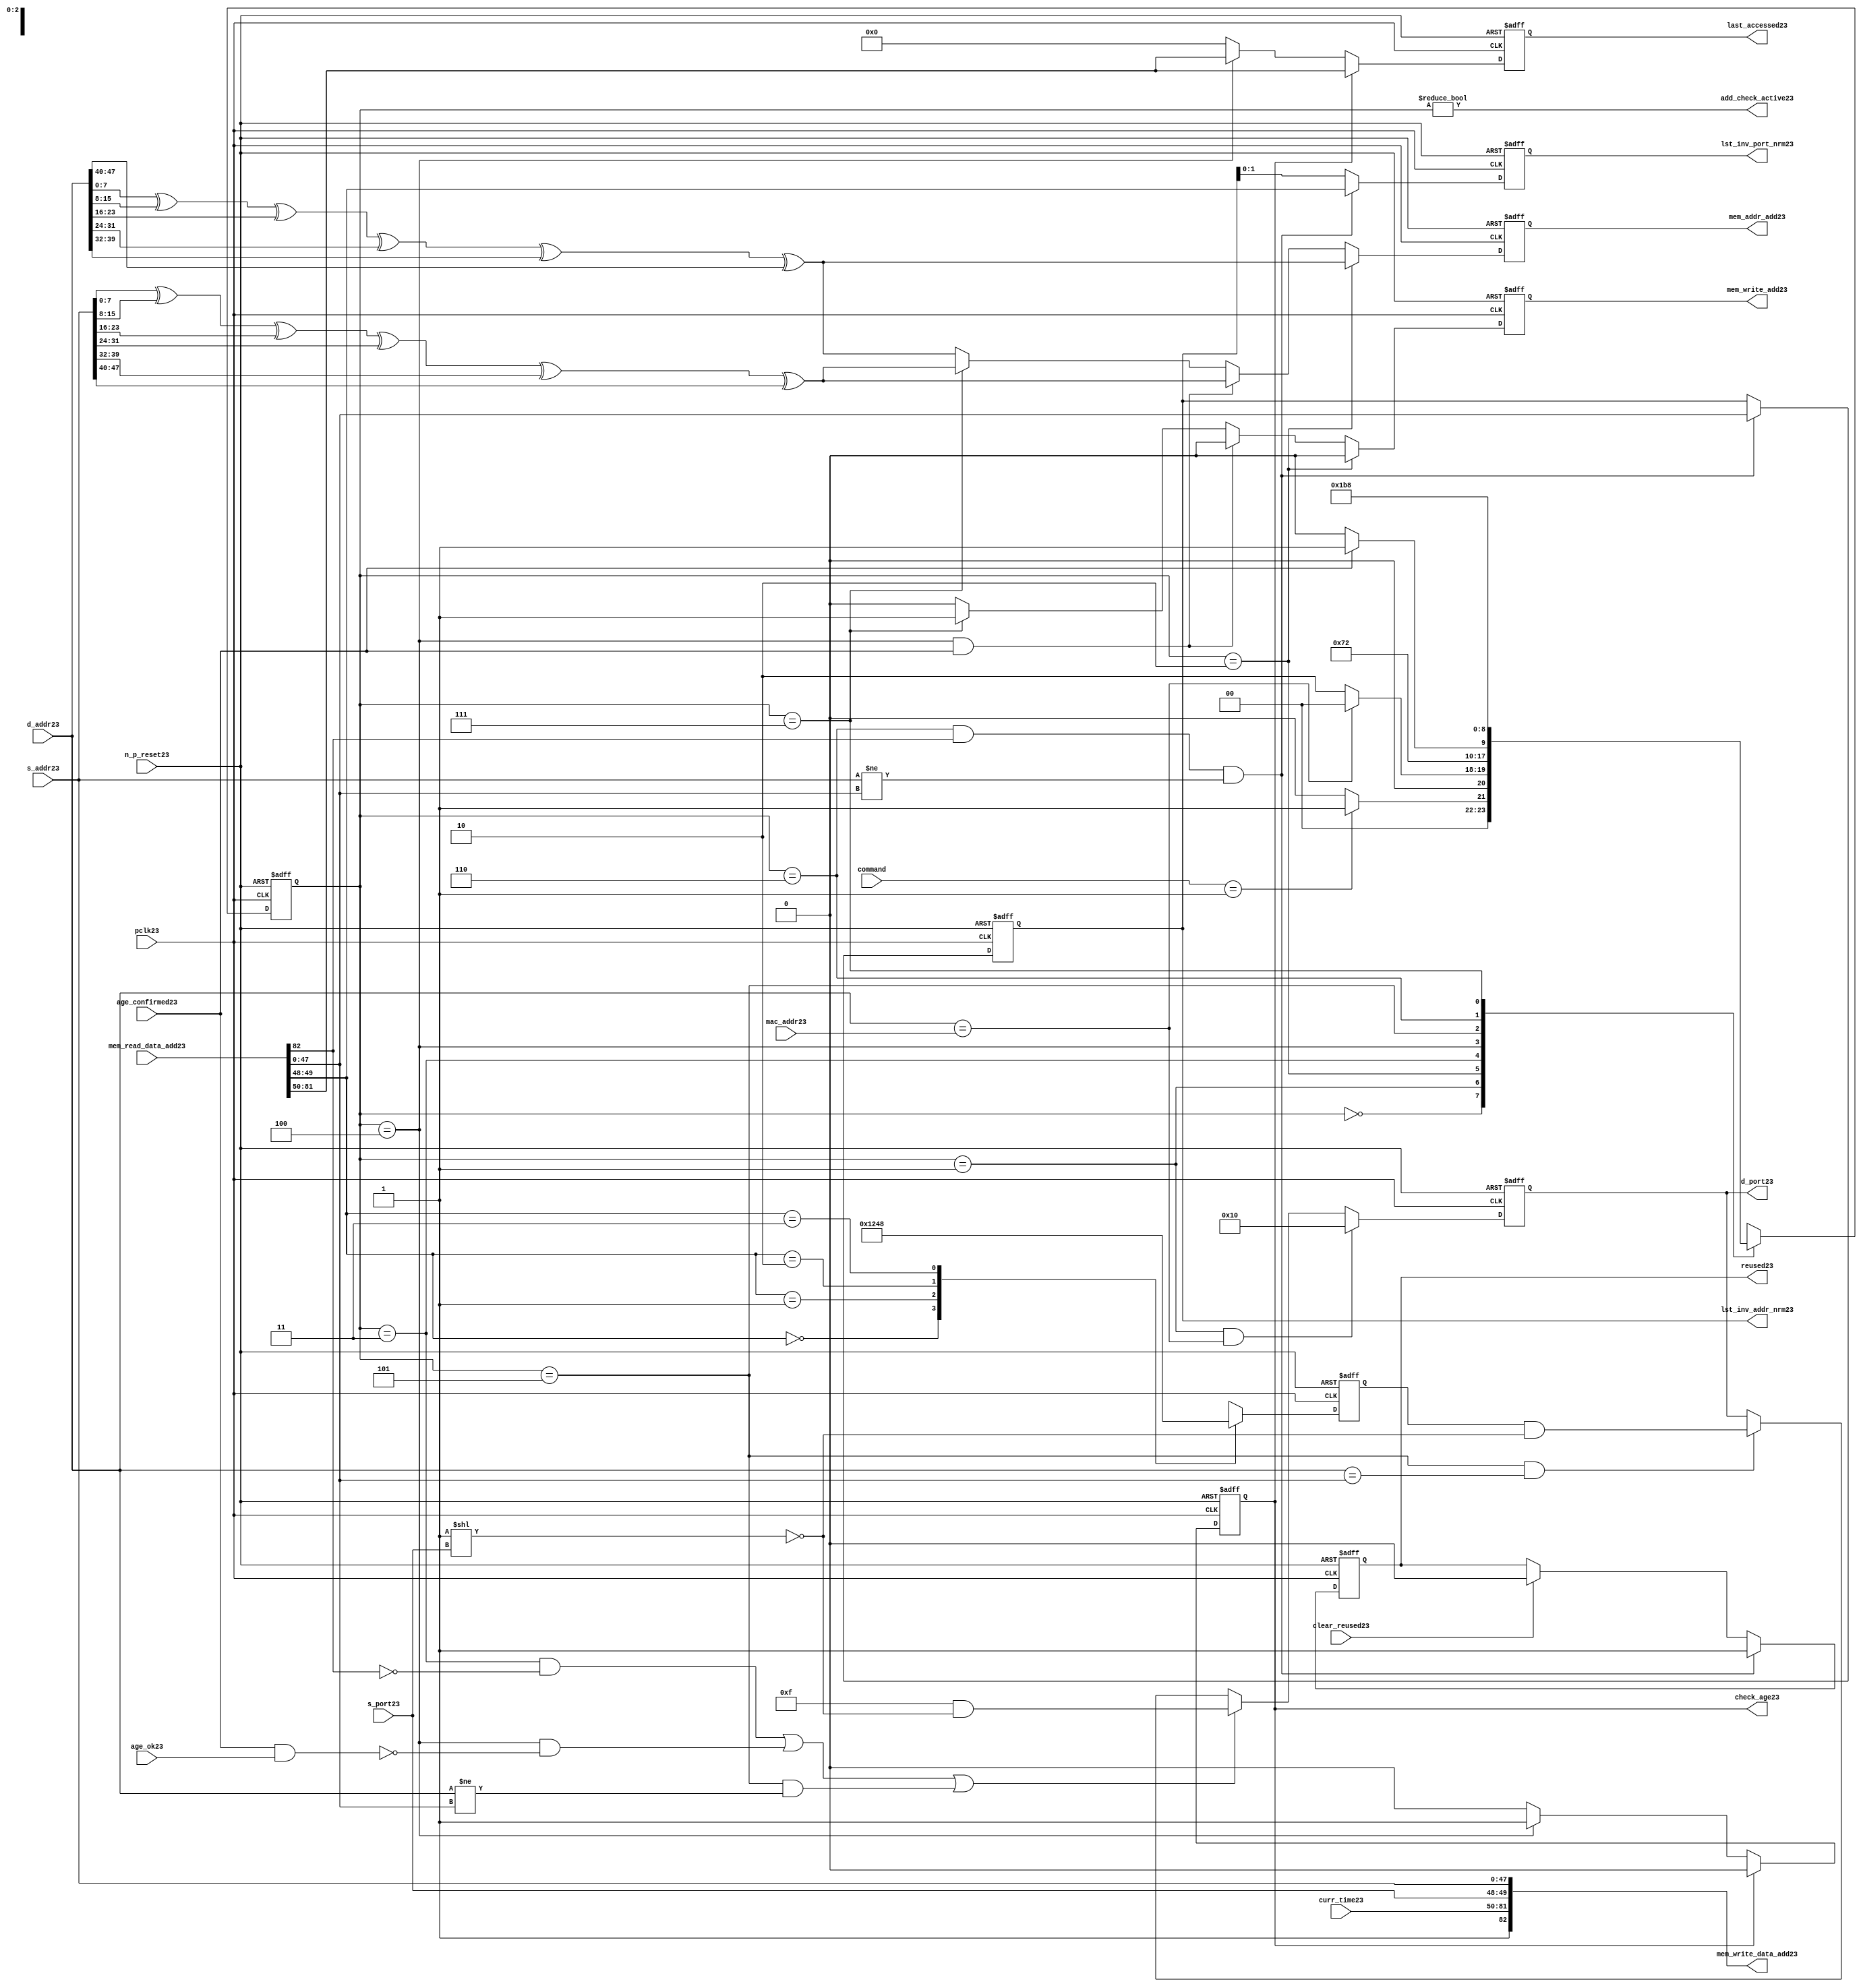
module alut_addr_checker23
(   
   // Inputs23
   pclk23,
   n_p_reset23,
   command,
   mac_addr23,
   d_addr23,
   s_addr23,
   s_port23,
   curr_time23,
   mem_read_data_add23,
   age_confirmed23,
   age_ok23,
   clear_reused23,

   //outputs23
   d_port23,
   add_check_active23,
   mem_addr_add23,
   mem_write_add23,
   mem_write_data_add23,
   lst_inv_addr_nrm23,
   lst_inv_port_nrm23,
   check_age23,
   last_accessed23,
   reused23
);



   input               pclk23;               // APB23 clock23                           
   input               n_p_reset23;          // Reset23                               
   input [1:0]         command;            // command bus                        
   input [47:0]        mac_addr23;           // address of the switch23              
   input [47:0]        d_addr23;             // address of frame23 to be checked23     
   input [47:0]        s_addr23;             // address of frame23 to be stored23      
   input [1:0]         s_port23;             // source23 port of current frame23       
   input [31:0]        curr_time23;          // current time,for storing23 in mem    
   input [82:0]        mem_read_data_add23;  // read data from mem                 
   input               age_confirmed23;      // valid flag23 from age23 checker        
   input               age_ok23;             // result from age23 checker 
   input               clear_reused23;       // read/clear flag23 for reused23 signal23           

   output [4:0]        d_port23;             // calculated23 destination23 port for tx23 
   output              add_check_active23;   // bit 0 of status register           
   output [7:0]        mem_addr_add23;       // hash23 address for R/W23 to memory     
   output              mem_write_add23;      // R/W23 flag23 (write = high23)            
   output [82:0]       mem_write_data_add23; // write data for memory             
   output [47:0]       lst_inv_addr_nrm23;   // last invalidated23 addr normal23 op    
   output [1:0]        lst_inv_port_nrm23;   // last invalidated23 port normal23 op    
   output              check_age23;          // request flag23 for age23 check
   output [31:0]       last_accessed23;      // time field sent23 for age23 check
   output              reused23;             // indicates23 ALUT23 location23 overwritten23

   reg   [2:0]         add_chk_state23;      // current address checker state
   reg   [2:0]         nxt_add_chk_state23;  // current address checker state
   reg   [4:0]         d_port23;             // calculated23 destination23 port for tx23 
   reg   [3:0]         port_mem23;           // bitwise23 conversion23 of 2bit port
   reg   [7:0]         mem_addr_add23;       // hash23 address for R/W23 to memory
   reg                 mem_write_add23;      // R/W23 flag23 (write = high23)            
   reg                 reused23;             // indicates23 ALUT23 location23 overwritten23
   reg   [47:0]        lst_inv_addr_nrm23;   // last invalidated23 addr normal23 op    
   reg   [1:0]         lst_inv_port_nrm23;   // last invalidated23 port normal23 op    
   reg                 check_age23;          // request flag23 for age23 checker
   reg   [31:0]        last_accessed23;      // time field sent23 for age23 check


   wire   [7:0]        s_addr_hash23;        // hash23 of address for storing23
   wire   [7:0]        d_addr_hash23;        // hash23 of address for checking
   wire   [82:0]       mem_write_data_add23; // write data for memory  
   wire                add_check_active23;   // bit 0 of status register           


// Parameters23 for Address Checking23 FSM23 states23
   parameter idle23           = 3'b000;
   parameter mac_addr_chk23   = 3'b001;
   parameter read_dest_add23  = 3'b010;
   parameter valid_chk23      = 3'b011;
   parameter age_chk23        = 3'b100;
   parameter addr_chk23       = 3'b101;
   parameter read_src_add23   = 3'b110;
   parameter write_src23      = 3'b111;


// -----------------------------------------------------------------------------
//   Hash23 conversion23 of source23 and destination23 addresses23
// -----------------------------------------------------------------------------
   assign s_addr_hash23 = s_addr23[7:0] ^ s_addr23[15:8] ^ s_addr23[23:16] ^
                        s_addr23[31:24] ^ s_addr23[39:32] ^ s_addr23[47:40];

   assign d_addr_hash23 = d_addr23[7:0] ^ d_addr23[15:8] ^ d_addr23[23:16] ^
                        d_addr23[31:24] ^ d_addr23[39:32] ^ d_addr23[47:40];



// -----------------------------------------------------------------------------
//   State23 Machine23 For23 handling23 the destination23 address checking process and
//   and storing23 of new source23 address and port values.
// -----------------------------------------------------------------------------
always @ (command or add_chk_state23 or age_confirmed23 or age_ok23)
   begin
      case (add_chk_state23)
      
      idle23:
         if (command == 2'b01)
            nxt_add_chk_state23 = mac_addr_chk23;
         else
            nxt_add_chk_state23 = idle23;

      mac_addr_chk23:   // check if destination23 address match MAC23 switch23 address
         if (d_addr23 == mac_addr23)
            nxt_add_chk_state23 = idle23;  // return dest23 port as 5'b1_0000
         else
            nxt_add_chk_state23 = read_dest_add23;

      read_dest_add23:       // read data from memory using hash23 of destination23 address
            nxt_add_chk_state23 = valid_chk23;

      valid_chk23:      // check if read data had23 valid bit set
         nxt_add_chk_state23 = age_chk23;

      age_chk23:        // request age23 checker to check if still in date23
         if (age_confirmed23)
            nxt_add_chk_state23 = addr_chk23;
         else
            nxt_add_chk_state23 = age_chk23; 

      addr_chk23:       // perform23 compare between dest23 and read addresses23
            nxt_add_chk_state23 = read_src_add23; // return read port from ALUT23 mem

      read_src_add23:   // read from memory location23 about23 to be overwritten23
            nxt_add_chk_state23 = write_src23; 

      write_src23:      // write new source23 data (addr and port) to memory
            nxt_add_chk_state23 = idle23; 

      default:
            nxt_add_chk_state23 = idle23;
      endcase
   end


// destination23 check FSM23 current state
always @ (posedge pclk23 or negedge n_p_reset23)
   begin
   if (~n_p_reset23)
      add_chk_state23 <= idle23;
   else
      add_chk_state23 <= nxt_add_chk_state23;
   end



// -----------------------------------------------------------------------------
//   Generate23 returned value of port for sending23 new frame23 to
// -----------------------------------------------------------------------------
always @ (posedge pclk23 or negedge n_p_reset23)
   begin
   if (~n_p_reset23)
      d_port23 <= 5'b0_1111;
   else if ((add_chk_state23 == mac_addr_chk23) & (d_addr23 == mac_addr23))
      d_port23 <= 5'b1_0000;
   else if (((add_chk_state23 == valid_chk23) & ~mem_read_data_add23[82]) |
            ((add_chk_state23 == age_chk23) & ~(age_confirmed23 & age_ok23)) |
            ((add_chk_state23 == addr_chk23) & (d_addr23 != mem_read_data_add23[47:0])))
      d_port23 <= 5'b0_1111 & ~( 1 << s_port23 );
   else if ((add_chk_state23 == addr_chk23) & (d_addr23 == mem_read_data_add23[47:0]))
      d_port23 <= {1'b0, port_mem23} & ~( 1 << s_port23 );
   else
      d_port23 <= d_port23;
   end


// -----------------------------------------------------------------------------
//   convert read port source23 value from 2bits to bitwise23 4 bits
// -----------------------------------------------------------------------------
always @ (posedge pclk23 or negedge n_p_reset23)
   begin
   if (~n_p_reset23)
      port_mem23 <= 4'b1111;
   else begin
      case (mem_read_data_add23[49:48])
         2'b00: port_mem23 <= 4'b0001;
         2'b01: port_mem23 <= 4'b0010;
         2'b10: port_mem23 <= 4'b0100;
         2'b11: port_mem23 <= 4'b1000;
      endcase
   end
   end
   


// -----------------------------------------------------------------------------
//   Set active bit of status, decoded23 off23 add_chk_state23
// -----------------------------------------------------------------------------
assign add_check_active23 = (add_chk_state23 != 3'b000);


// -----------------------------------------------------------------------------
//   Generate23 memory addressing23 signals23.
//   The check address command will be taken23 as the indication23 from SW23 that the 
//   source23 fields (address and port) can be written23 to memory. 
// -----------------------------------------------------------------------------
always @ (posedge pclk23 or negedge n_p_reset23)
   begin
   if (~n_p_reset23) 
   begin
       mem_write_add23 <= 1'b0;
       mem_addr_add23  <= 8'd0;
   end
   else if (add_chk_state23 == read_dest_add23)
   begin
       mem_write_add23 <= 1'b0;
       mem_addr_add23  <= d_addr_hash23;
   end
// Need23 to set address two23 cycles23 before check
   else if ( (add_chk_state23 == age_chk23) && age_confirmed23 )
   begin
       mem_write_add23 <= 1'b0;
       mem_addr_add23  <= s_addr_hash23;
   end
   else if (add_chk_state23 == write_src23)
   begin
       mem_write_add23 <= 1'b1;
       mem_addr_add23  <= s_addr_hash23;
   end
   else
   begin
       mem_write_add23 <= 1'b0;
       mem_addr_add23  <= d_addr_hash23;
   end
   end


// -----------------------------------------------------------------------------
//   Generate23 databus23 for writing to memory
//   Data written23 to memory from address checker will always be valid
// -----------------------------------------------------------------------------
assign mem_write_data_add23 = {1'b1, curr_time23, s_port23, s_addr23};



// -----------------------------------------------------------------------------
//   Evaluate23 read back data that is about23 to be overwritten23 with new source23 
//   address and port values. Decide23 whether23 the reused23 flag23 must be set and
//   last_inval23 address and port values updated.
//   reused23 needs23 to be implemented as read and clear
// -----------------------------------------------------------------------------
always @ (posedge pclk23 or negedge n_p_reset23)
   begin
   if (~n_p_reset23) 
   begin
      reused23 <= 1'b0;
      lst_inv_addr_nrm23 <= 48'd0;
      lst_inv_port_nrm23 <= 2'd0;
   end
   else if ((add_chk_state23 == read_src_add23) & mem_read_data_add23[82] &
            (s_addr23 != mem_read_data_add23[47:0]))
   begin
      reused23 <= 1'b1;
      lst_inv_addr_nrm23 <= mem_read_data_add23[47:0];
      lst_inv_port_nrm23 <= mem_read_data_add23[49:48];
   end
   else if (clear_reused23)
   begin
      reused23 <= 1'b0;
      lst_inv_addr_nrm23 <= lst_inv_addr_nrm23;
      lst_inv_port_nrm23 <= lst_inv_addr_nrm23;
   end
   else 
   begin
      reused23 <= reused23;
      lst_inv_addr_nrm23 <= lst_inv_addr_nrm23;
      lst_inv_port_nrm23 <= lst_inv_addr_nrm23;
   end
   end


// -----------------------------------------------------------------------------
//   Generate23 signals23 for age23 checker to perform23 in-date23 check
// -----------------------------------------------------------------------------
always @ (posedge pclk23 or negedge n_p_reset23)
   begin
   if (~n_p_reset23) 
   begin
      check_age23 <= 1'b0;  
      last_accessed23 <= 32'd0;
   end
   else if (check_age23)
   begin
      check_age23 <= 1'b0;  
      last_accessed23 <= mem_read_data_add23[81:50];
   end
   else if (add_chk_state23 == age_chk23)
   begin
      check_age23 <= 1'b1;  
      last_accessed23 <= mem_read_data_add23[81:50];
   end
   else 
   begin
      check_age23 <= 1'b0;  
      last_accessed23 <= 32'd0;
   end
   end


`ifdef ABV_ON23

// psl23 default clock23 = (posedge pclk23);

// ASSERTION23 CHECKS23
/* Commented23 out as also checking in toplevel23
// it should never be possible23 for the destination23 port to indicate23 the MAC23
// switch23 address and one of the other 4 Ethernets23
// psl23 assert_valid_dest_port23 : assert never (d_port23[4] & |{d_port23[3:0]});


// COVER23 SANITY23 CHECKS23
// check all values of destination23 port can be returned.
// psl23 cover_d_port_023 : cover { d_port23 == 5'b0_0001 };
// psl23 cover_d_port_123 : cover { d_port23 == 5'b0_0010 };
// psl23 cover_d_port_223 : cover { d_port23 == 5'b0_0100 };
// psl23 cover_d_port_323 : cover { d_port23 == 5'b0_1000 };
// psl23 cover_d_port_423 : cover { d_port23 == 5'b1_0000 };
// psl23 cover_d_port_all23 : cover { d_port23 == 5'b0_1111 };
*/
`endif


endmodule